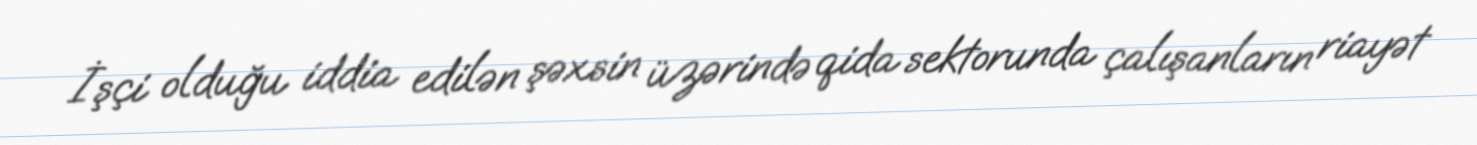
İşçi olduğu iddia edilən şəxsin üzərində qida sektorunda çalışanların riayət